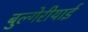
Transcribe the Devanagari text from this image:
बुल्गेरीयाई